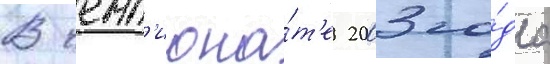
В чемп'иона́т'е 2003 го́да